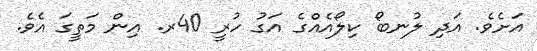
އަށެވެ. އަދި ލުނބޯ ކިލޯއެއްގެ އަގު ހުރީ 40ރ. އިން މަތީގަ އެވެ.